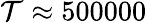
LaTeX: \mathcal{T}\approx500000